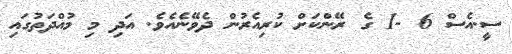
ސީ.އެސް 6 -1 ގެ ރޭންކަށް ކުރިއެރުން ދެވޭނެއެވެ. އަދި މި މުއްދަތުގައި